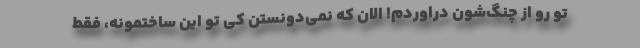
تو رو از چنگ‌شون دراوردم! الان که نمی‌دونستن کی تو این ساختمونه، فقط